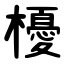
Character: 櫌